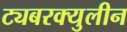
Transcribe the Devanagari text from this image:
ट्यबरक्युलीन